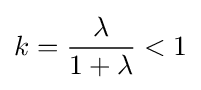
k={\frac {\lambda }{1+\lambda }}<1